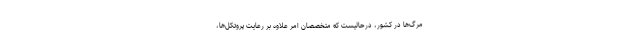
مرگ‌ها در کشور، درحالیست که متخصصان امر علاوه بر رعایت پروتکل‌ها،